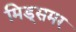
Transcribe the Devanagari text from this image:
मिड्‌समर